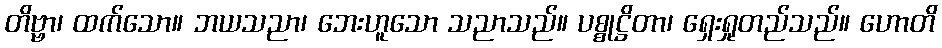
တိဗ္ဗာ၊ ထက်သော။ ဘယသညာ၊ ဘေးဟူသော သညာသည်။ ပစ္စုဋ္ဌိတာ၊ ရှေးရှုတည်သည်။ ဟောတိ